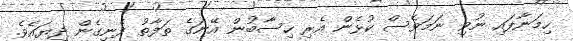
ހިމަނާފައި ނުވި ނަމަވެސް ކުޅެން އެރި ހިސާބުން އޭނަގެ ތަފާތު ފެނިގެން ދިޔައެވެ.